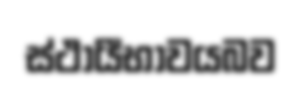
ස්ථායීභාවයබව